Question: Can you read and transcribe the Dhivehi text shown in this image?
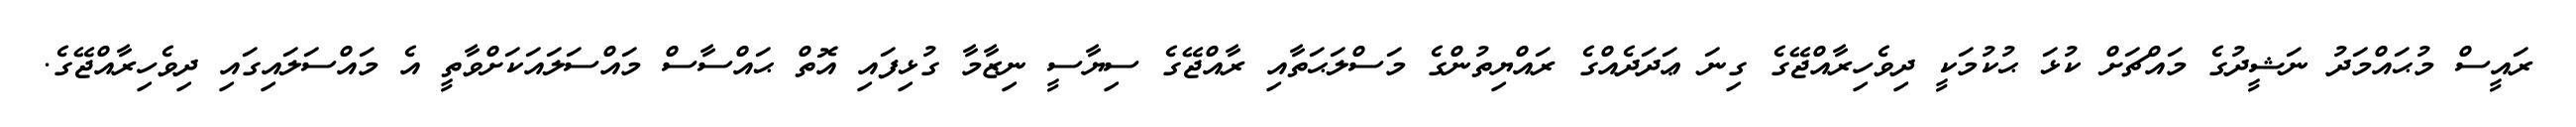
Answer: ރައީސް މުޙައްމަދު ނަޝީދުގެ މައްޗަށް ކުޅަ ޙުކުމަކީ ދިވެހިރާއްޖޭގެ ގިނަ ޢަދަދެއްގެ ރައްޔިތުންގެ މަސްލަޙަތާއި ރާއްޖޭގެ ސިޔާސީ ނިޒާމާ ގުޅިފައި އޮތް ޙައްސާސް މައްސަލައަކަށްވާތީ އެ މައްސަލައިގައި ދިވެހިރާއްޖޭގެ.